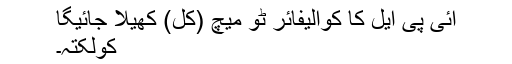
آئی پی ایل کا کوالیفائر ٹو میچ (کل) کھیلا جائیگا
کولکتہ۔